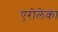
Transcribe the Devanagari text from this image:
एरोलेका